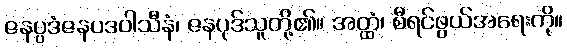
ဇနပ္ပဒံဇနပဒဝါသီနံ၊ ဇနပုဒ်သူတို့၏။ အတ္ထံ၊ စီရင်ဖွယ်အရေးကို။